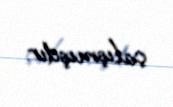
çalışmışdır.